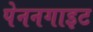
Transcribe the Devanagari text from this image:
पेननगाइट